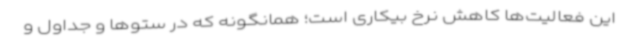
این فعالیت‌ها کاهش نرخ بیکاری است؛ همانگونه که در ستوها و جداول و